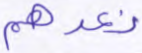
نعدهم